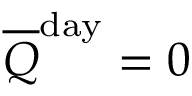
{ \overline { { Q } } } ^ { \mathrm { d a y } } = 0